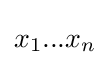
x_{1}...x_{n}